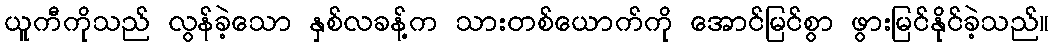
ယူကီကိုသည် လွန်ခဲ့သော နှစ်လခန့်က သားတစ်ယောက်ကို အောင်မြင်စွာ ဖွားမြင်နိုင်ခဲ့သည်။